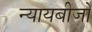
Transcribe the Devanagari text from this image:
न्यायबीजों